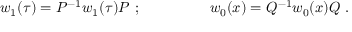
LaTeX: w _ { 1 } ( \tau ) = P ^ { - 1 } w _ { 1 } ( \tau ) P ~ ; ~ ~ ~ ~ ~ ~ ~ ~ ~ ~ ~ ~ ~ ~ w _ { 0 } ( x ) = Q ^ { - 1 } w _ { 0 } ( x ) Q ~ .